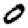
Digit: 0